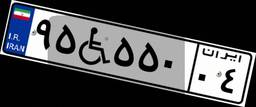
۹۵W۵۵۰۰۴